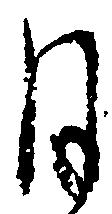
月